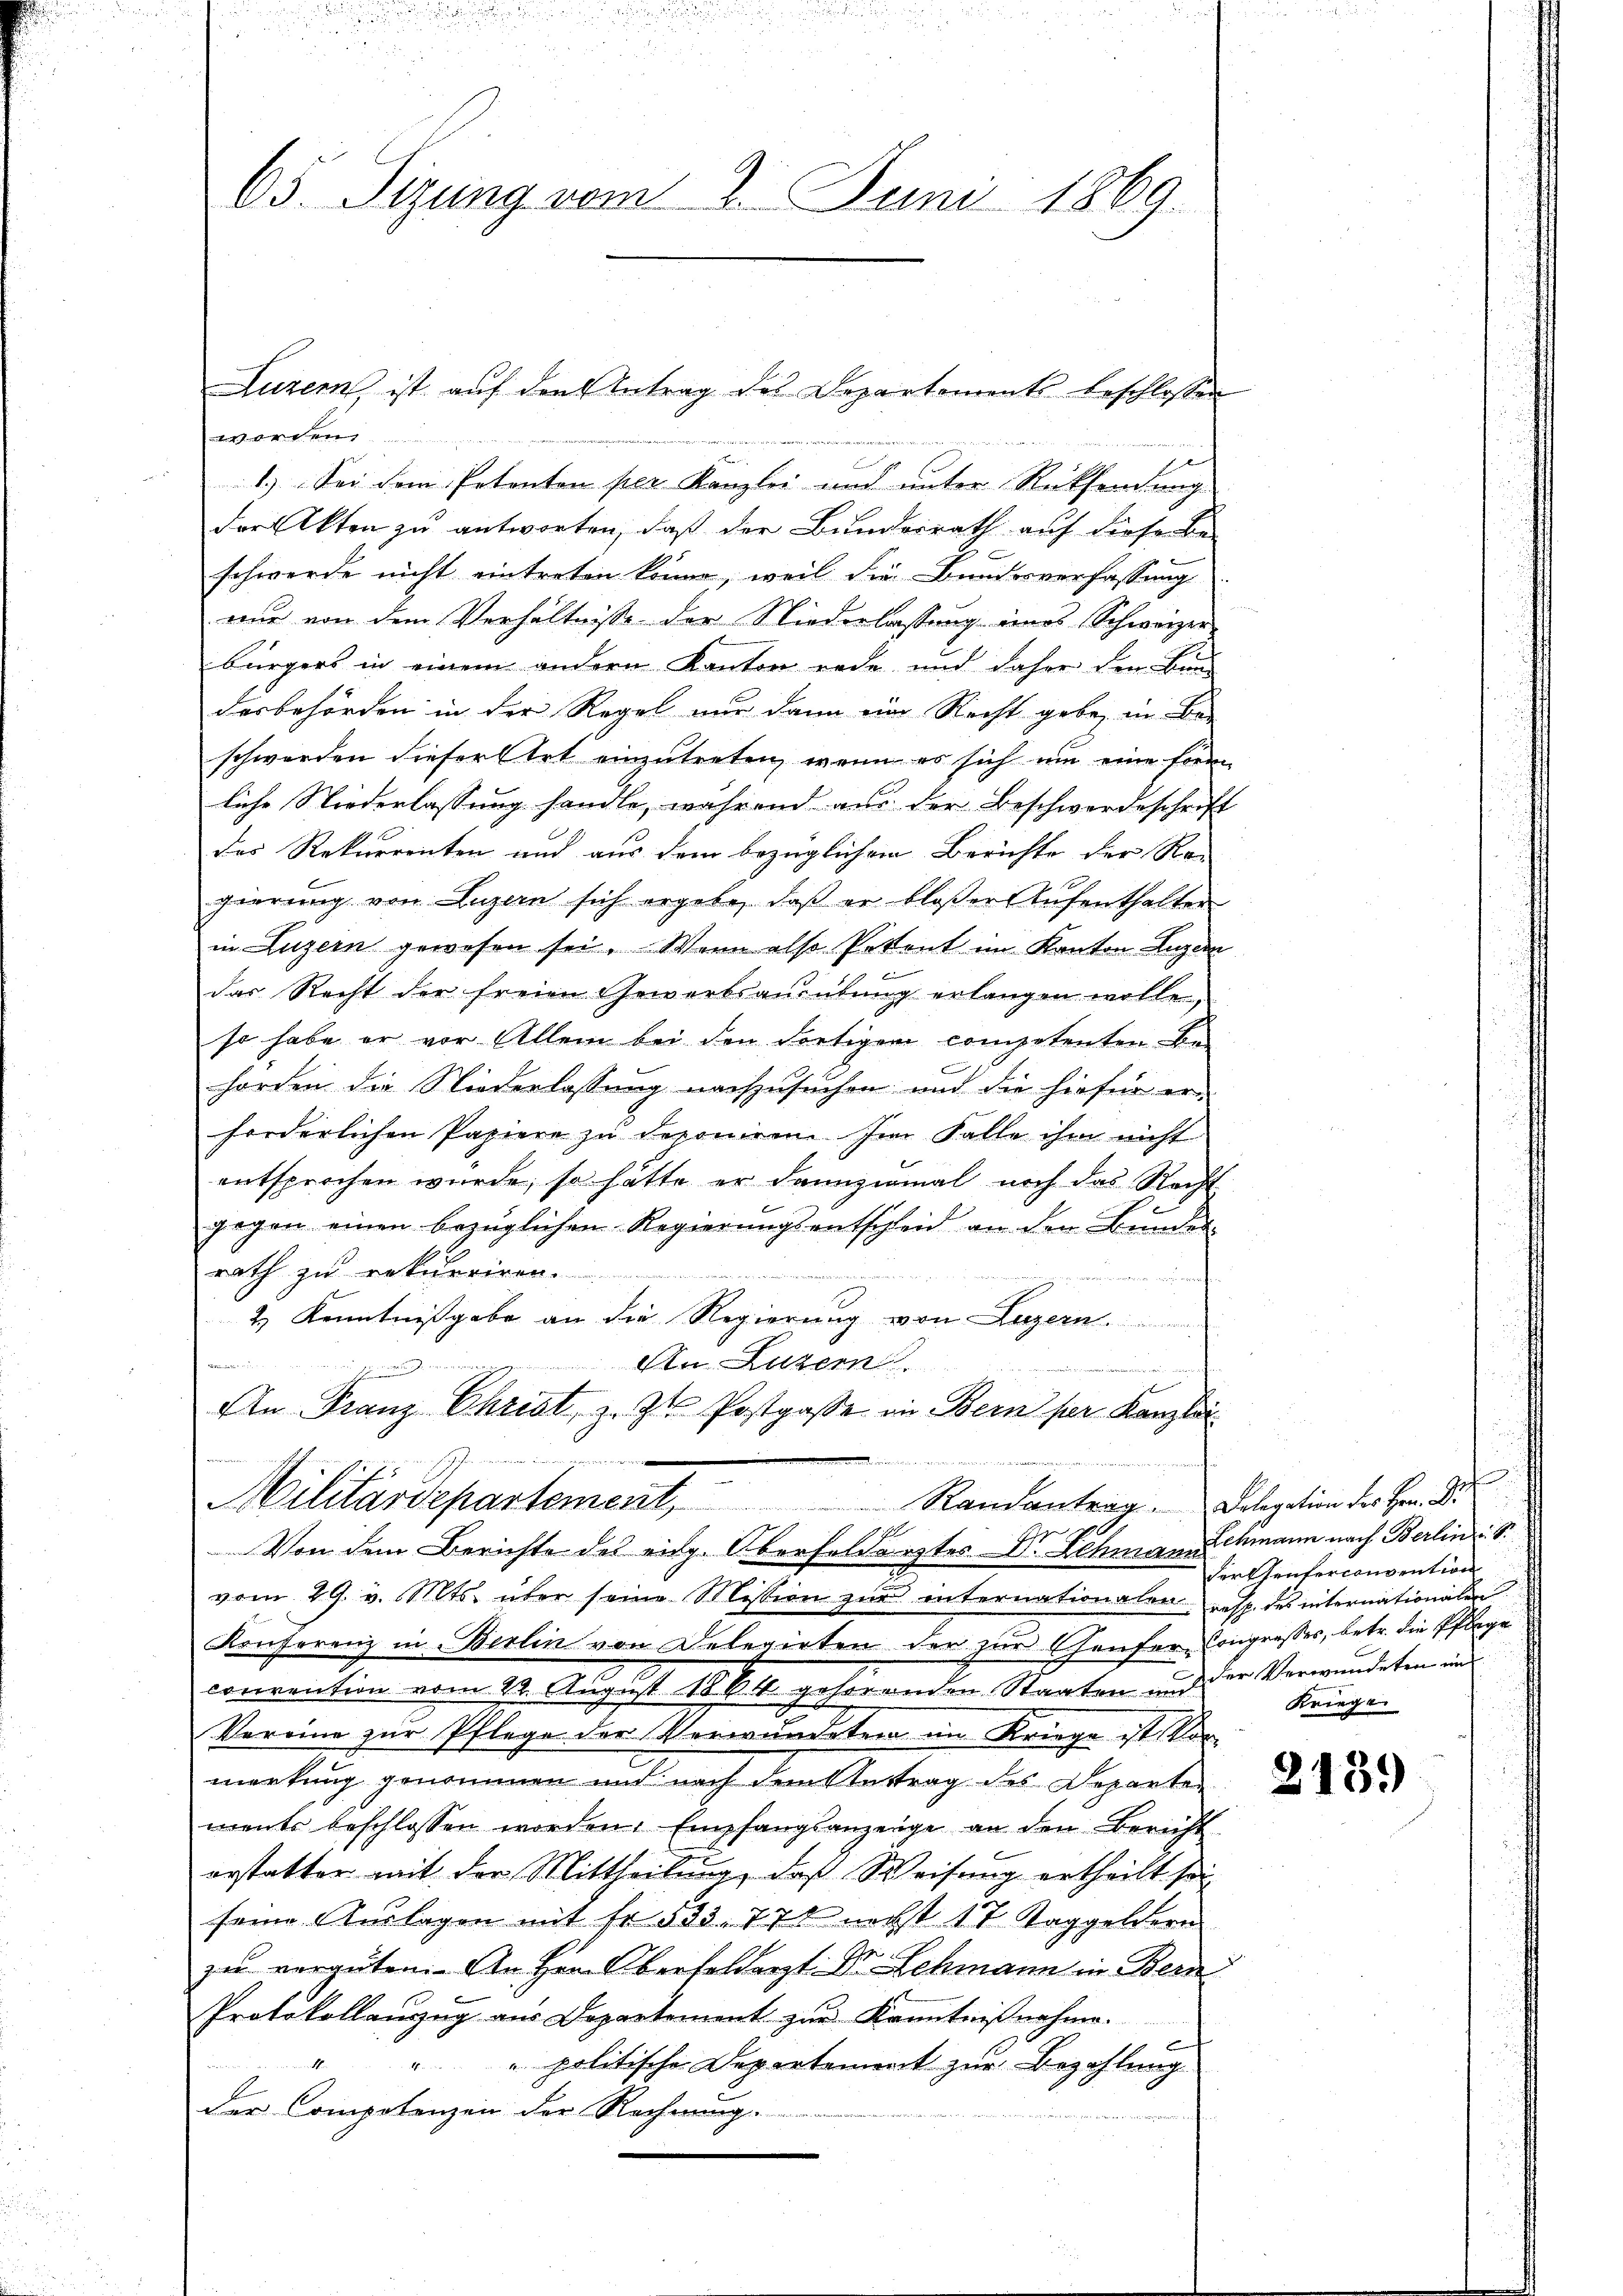
65. Sizung vom 2. Juni 1869.

101 ver
1.) Sei dem Petenton per Kanzlei und unter Rücksendung
der Akten zu antworten, daß der Bundesrath auf dieser Be-
schwerde nicht eintreten könne, weil die Bundesverfassung
nur von dem Verhältnisse der Niederlassung eines Schweizer-
bürgers in einem andern Kanton rede und daher den Be
desbehörden in der Regel nur dann eine Recht gebe, in Be-
schwerden dieser Ort einzutreten, wenn es sich um eine form
liche Niederlassung handle, während aus der Beschwerdeschrift
das Rekurrenten und aus dem bezüglichen Berichte der Ran
gierung von Luzern sich ergebe, daß er bloßer Aufenthalter
in Luzern gewesen sei. Wenn also Petent im Kanton Luzern
das Recht der freien Gewerbsausübung erlangen wolle,
so habe er vor Allem bei den dortigem competenten Be-
horden die Niederlassung nachzusuchen und die hiefür er-
forderlichen Papiere zŭ deponiren. Im Falle ihm nicht
entsprochen wurde, so hätte er dannzumal noch das Recht
gegen einen bezüglichen Regierungsentscheid an den Bunder-
rath zu erkurriren.

nun auf
2.) Kenntnißgabe an die Regierung von Luzern.
An. Luzern
s
a
An Franz Christ, z. Zt. Postgasse in Bern per Kanzlei
Riktier

Militärdepartement Randantrag - Polegation des Hr. K.
Von dem Berichte des eidg. Oberfeldarztes Dr. Schmann Schmann nach Berlin S.
vom 29. v. Mts. über seine Mission zur internationalen resp. des internationalen
Konferenz in Berlin von Delegirten der zur Genfer-Congresses, betr. die Pflege
convention vom 22. August 1864. gehörenden Staaten und der Verwundeten im
Vereine zur Pflege der Verwundetern im Kriege ist Vormarkung genommen und nach dem Vertrag des Departements beschlossen worden. Empfangsanzeige an den Bericht
erstatter mit der Mittheilŭng, daß Weisŭng ertheilt sei
seine Auslagen mit Fr. 533. 778 nechst 17 Taggeldern
zu vergüten. An Hrn. Oberfeldarzt Dr. Schmann in Bern
Protokollanzug aus Departement zur Kenntnißnahme.
" politische Departement zur Bezahlung

der Competenzen der Rechnung.

Luzern, ist auf den Antrag des Departements beschlossen

n
Serkhenterconsention
Kriege

2139)